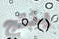
ينتج